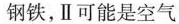
钢铁，Ⅱ可能是空气